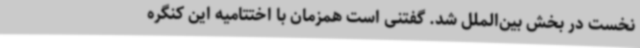
نخست در بخش بین‌الملل‌ شد. گفتنی است همزمان‌ با اختتامیه این کنگره‌